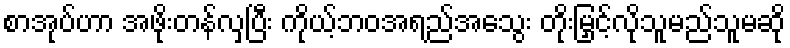
စာအုပ်ဟာ အဖိုးတန်လှပြီး ကိုယ့်ဘဝအရည်အသွေး တိုးမြှင့်လိုသူမည်သူမဆို